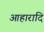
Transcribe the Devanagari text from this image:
आहारादि